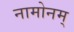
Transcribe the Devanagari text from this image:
नामोनम्